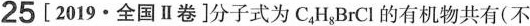
25 [2019· 全国Ⅱ卷]分子式为C_{4}H_{8}BrCl的有机物共有(不